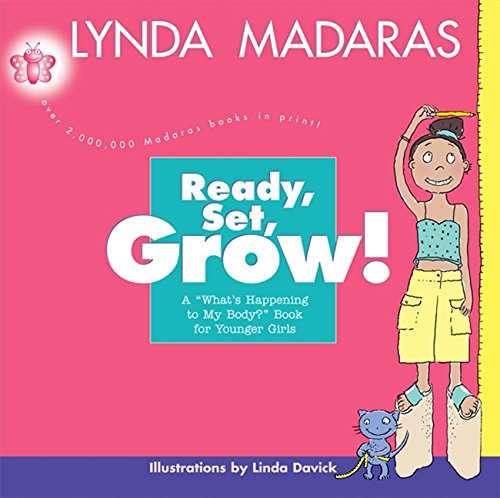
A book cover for Ready, Set, Grow!: A What's Happening to My Body? Book for Younger Girls; Lynda Madaras; Parenting & Relationships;